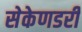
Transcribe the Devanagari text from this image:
सेकेणडरी